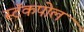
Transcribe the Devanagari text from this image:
स्टॅकपोल